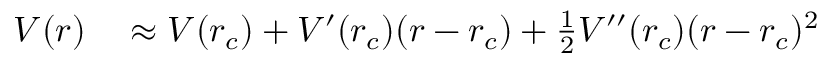
\begin{array} { r l } { V ( r ) } & { { } \approx V ( r _ { c } ) + V ^ { \prime } ( r _ { c } ) ( r - r _ { c } ) + \frac { 1 } { 2 } V ^ { \prime \prime } ( r _ { c } ) ( r - r _ { c } ) ^ { 2 } } \end{array}